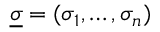
\underline { { \sigma } } = ( \sigma _ { 1 } , \ldots , \sigma _ { n } )